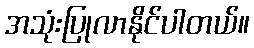
အသုံးပြုလာနိုင်ပါတယ်။